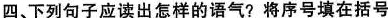
四、下列句子应读出怎样的语气?将序号填在括号